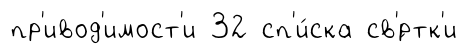
пр'ивод'имост'и 32 сп'и́ска св'́ртк'и